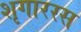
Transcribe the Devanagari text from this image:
शृगाररस